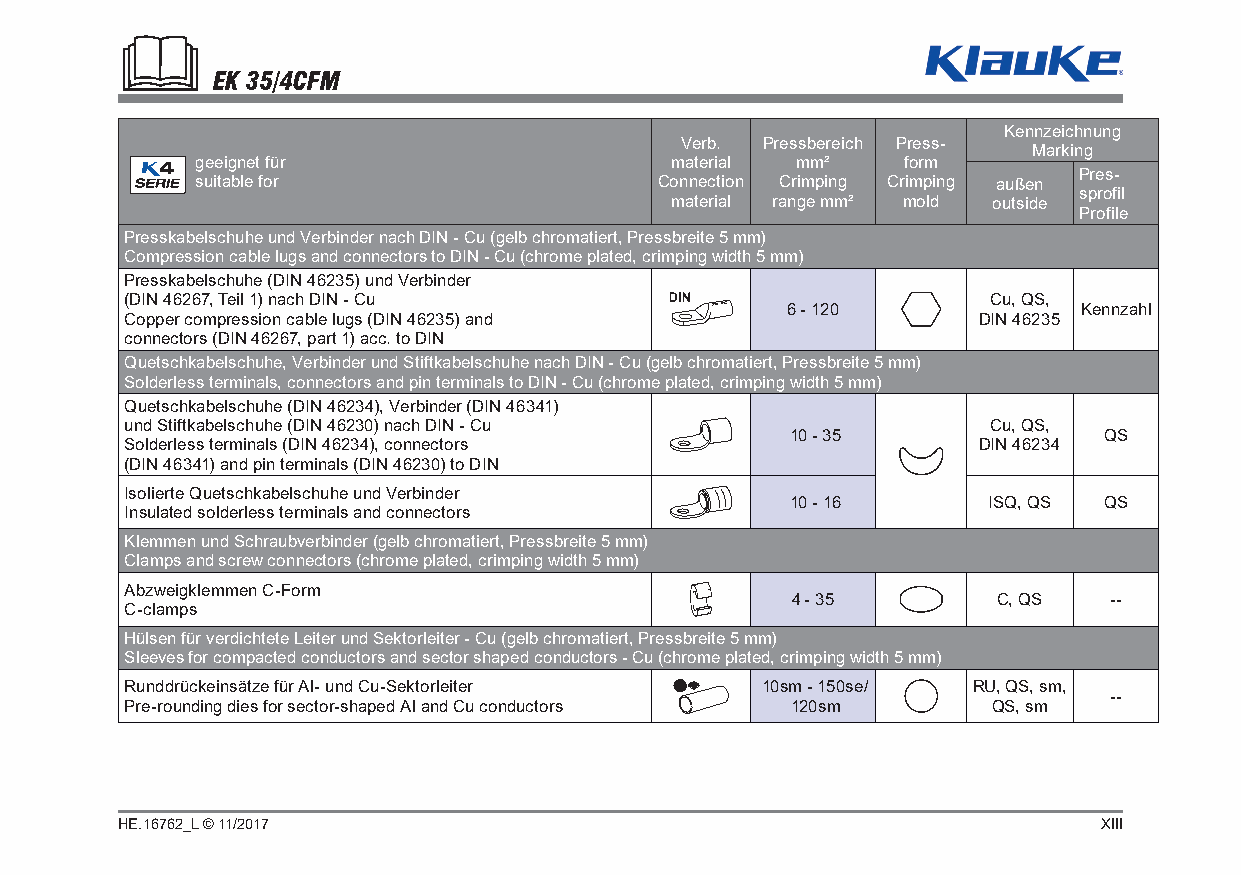
EK 35/4CFM
 Kennzeichnung
 Verb. Pressbereich Press-
 Marking
 geeignet für                   material mm²    form
 Pres-
 suitable for                   Connection Crimping Crimping außen
 sprofil
 material range mm² mold outside
 Profile
 Presskabelschuhe und Verbinder nach DIN - Cu (gelb chromatiert, Pressbreite 5 mm)
 Compression cable lugs and connectors to DIN - Cu (chrome plated, crimping width 5 mm)
 Presskabelschuhe (DIN 46235) und Verbinder
 (DIN 46267, Teil 1) nach DIN - Cu                        Cu, QS,
 6 - 120             Kennzahl
 Copper compression cable lugs (DIN 46235) and            DIN 46235
 connectors (DIN 46267, part 1) acc. to DIN
 Quetschkabelschuhe, Verbinder und Stiftkabelschuhe nach DIN - Cu (gelb chromatiert, Pressbreite 5 mm)
 Solderless terminals, connectors and pin terminals to DIN - Cu (chrome plated, crimping width 5 mm)
 Quetschkabelschuhe (DIN 46234), Verbinder (DIN 46341)
 und Stiftkabelschuhe (DIN 46230) nach DIN - Cu           Cu, QS,
 10 - 35              QS
 Solderless terminals (DIN 46234), connectors             DIN 46234
 (DIN 46341) and pin terminals (DIN 46230) to DIN
 Isolierte Quetschkabelschuhe und Verbinder
 10 - 16      ISQ, QS QS
 Insulated solderless terminals and connectors
 Klemmen und Schraubverbinder (gelb chromatiert, Pressbreite 5 mm)
 Clamps and screw connectors (chrome plated, crimping width 5 mm)
 Abzweigklemmen C-Form
 4 - 35        C, QS  --
 C-clamps
 Hülsen für verdichtete Leiter und Sektorleiter - Cu (gelb chromatiert, Pressbreite 5 mm)
 Sleeves for compacted conductors and sector shaped conductors - Cu (chrome plated, crimping width 5 mm)
 Runddrückeinsätze für Al- und Cu-Sektorleiter 10sm - 150se/ RU, QS, sm,
 --
 Pre-rounding dies for sector-shaped Al and Cu conductors 120sm QS, sm
 HE.16762_L © 11/2017                                             XIII